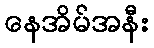
နေအိမ်အနီး